Language: tamil
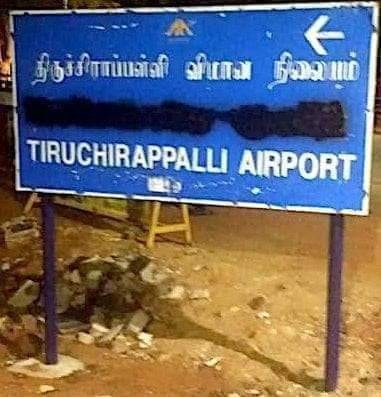
Transcription: திருச்சிாாப்பள்ளி விமான நிலையம்